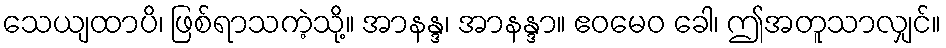
သေယျထာပိ၊ ဖြစ်ရာသကဲ့သို့။ အာနန္ဒ၊ အာနန္ဒာ။ ဧဝမေဝ ခေါ၊ ဤအတူသာလျှင်။